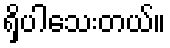
ရှိပါသေးတယ်။